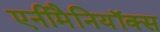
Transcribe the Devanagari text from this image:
एनीमैनियॉक्स